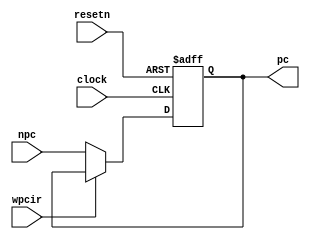
module pipepc (npc, wpcir, clock, resetn, pc);
	input [31:0] npc;
	input wpcir, clock, resetn;
	output [31:0] pc;
	
	//dffe32 program_counter (npc, clock, resetn, wpcir, pc);
	reg [31:0] pc;
	always @ (posedge clock or negedge resetn) begin
		if (resetn == 0) begin
			pc <= 0;
		end else if (~wpcir) begin
			pc <= npc;
		end
	end
endmodule